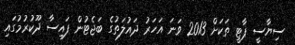
ސިޔާސީ ޕާޓީ ތަކަށް 2013 ވަނަ އަހަރު ދައުލަތުގެ ބަޖެޓުން ފައިސާ ދޫކުރުމުގައި